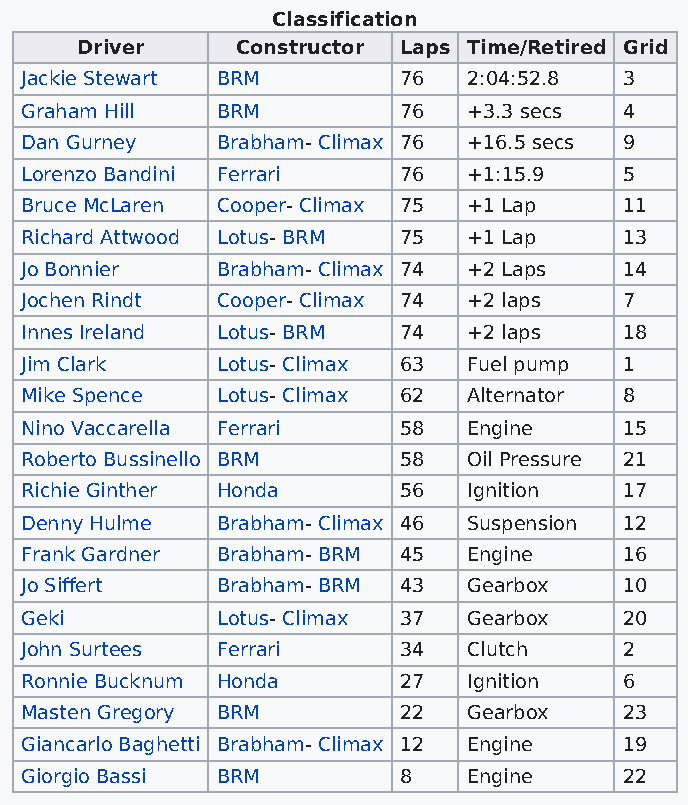
Classification
 Driver     Constructor Laps Time/Retired Grid
 Jackie Stewart BRM       76   2:04:52.8 3
 Graham Hill  BRM         76   +3.3 secs 4
 Dan Gurney   Brabham- Climax 76 +16.5 secs 9
 Lorenzo Bandini Ferrari  76   +1:15.9   5
 Bruce McLaren Cooper- Climax 75 +1 Lap  11
 Richard Attwood Lotus- BRM 75 +1 Lap    13
 Jo Bonnier   Brabham- Climax 74 +2 Laps 14
 Jochen Rindt Cooper- Climax 74 +2 laps  7
 Innes Ireland Lotus- BRM 74   +2 laps   18
 Jim Clark    Lotus- Climax 63 Fuel pump 1
 Mike Spence  Lotus- Climax 62 Alternator 8
 Nino Vaccarella Ferrari  58   Engine    15
 Roberto Bussinello BRM   58   Oil Pressure 21
 Richie Ginther Honda     56   Ignition  17
 Denny Hulme  Brabham- Climax 46 Suspension 12
 Frank Gardner Brabham- BRM 45 Engine    16
 Jo Siffert   Brabham- BRM 43  Gearbox   10
 Geki         Lotus- Climax 37 Gearbox   20
 John Surtees Ferrari     34   Clutch    2
 Ronnie Bucknum Honda     27   Ignition  6
 Masten Gregory BRM       22   Gearbox   23
 Giancarlo Baghetti Brabham- Climax 12 Engine 19
 Giorgio Bassi BRM        8    Engine    22